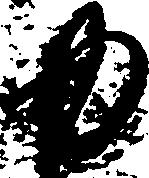
ゆ